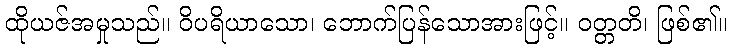
ထိုယဇ်အမှုသည်။ ဝိပရိယာသော၊ ဘောက်ပြန်သောအားဖြင့်။ ဝတ္တတိ၊ ဖြစ်၏။